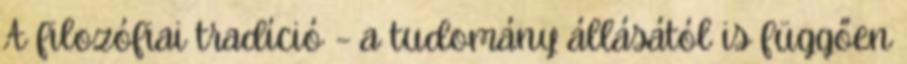
A filozófiai tradíció – a tudomány állásától is függően